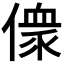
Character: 𠍸